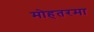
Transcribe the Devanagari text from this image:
मोहतरमा